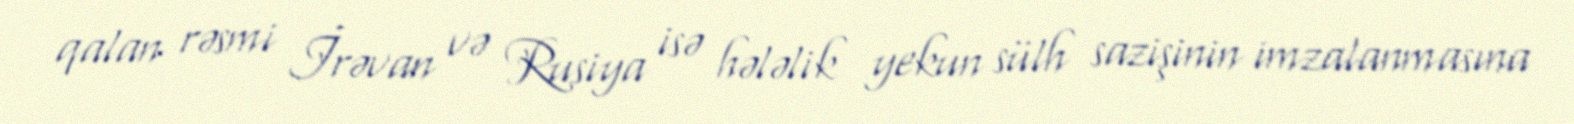
qalan rəsmi İrəvan və Rusiya isə hələlik yekun sülh sazişinin imzalanmasına